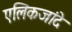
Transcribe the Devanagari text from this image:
एलिकजांदे